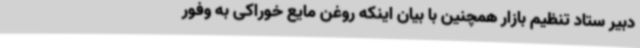
دبیر ستاد تنظیم بازار همچنین با بیان اینکه روغن مایع خوراکی به وفور